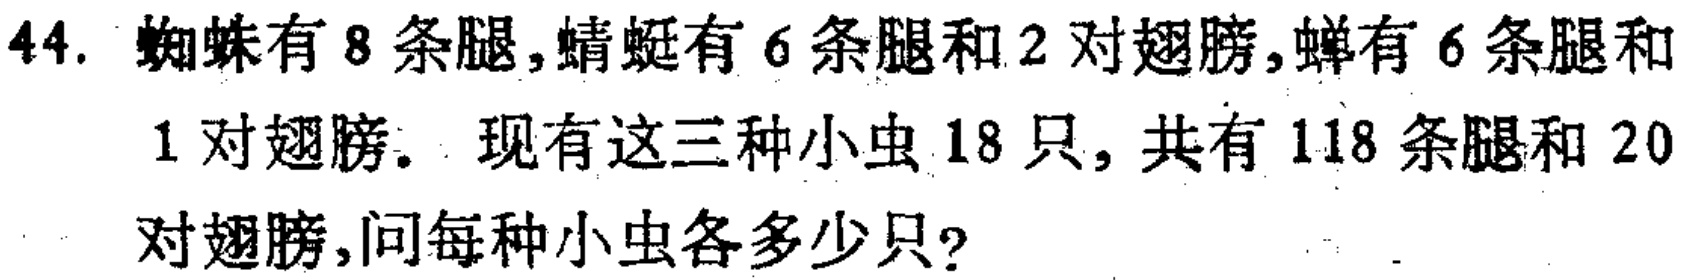
44. 蜘蛛有 8 条腿,蜻蜓有 6 条腿和 2 对翅膀,蝉有 6 条腿和
1 对翅膀. 现有这三种小虫 18 只, 共有 118 条腿和 20
对翅膀,问每种小虫各多少只?